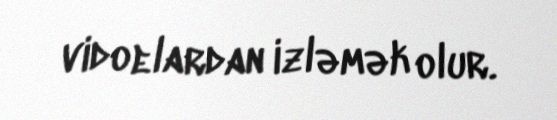
vidoelardan izləmək olur.